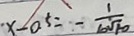
x - a ^ { 5 } = - \frac { 1 } { b \sqrt { 1 0 } }